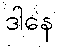
ဒါနေ